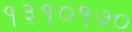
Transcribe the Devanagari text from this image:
१३१०१७०